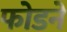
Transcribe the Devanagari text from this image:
फोडने